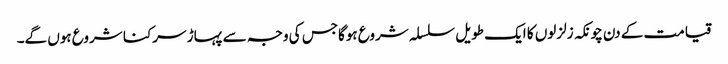
قیامت کے دن چونکہ زلزلوں کا ایک طویل سلسلہ شروع ہوگاجس کی وجہ سے پہاڑ سرکنا شروع ہوں گے۔